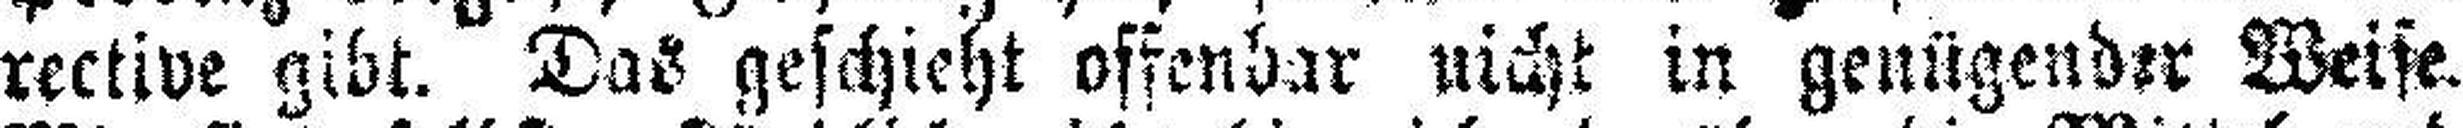
rective gibt. Das geschieht offenbar nicht in genügender Weise.